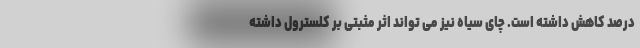
درصد کاهش داشته است. چای سیاه نیز می تواند اثر مثبتی بر کلسترول داشته